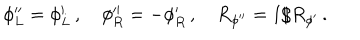
LaTeX: \phi _ { L } ^ { \prime \prime } = \phi _ { L } ^ { \prime } \, , \quad \phi _ { R } ^ { \prime \prime } = - \phi _ { R } ^ { \prime } \, , \quad R _ { \phi ^ { \prime \prime } } = 1 / R _ { \phi ^ { \prime } } \, .